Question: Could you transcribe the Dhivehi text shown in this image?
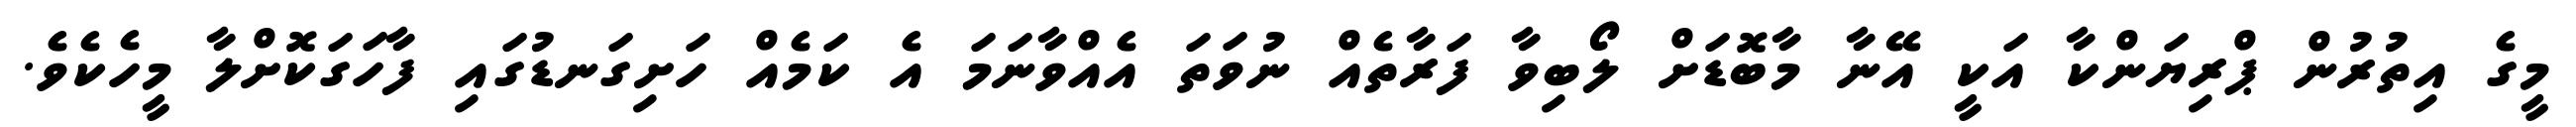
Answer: މީގެ އިތުރުން ޕްރިޔަންކާ އަކީ އޭނާ މާބޮޑަށް ލޯބިވާ ފަރާތެއް ނުވަތަ އެއްވާނަމަ އެ ކަމެއް ހަށިގަނޑުގައި ފާހަގަކޮށްލާ މީހެކެވެ.